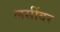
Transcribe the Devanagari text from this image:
लसींवर